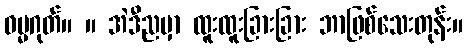
ဓမ္မဂုတ်။ ။ အဲဒီညမှာ ထူးထူးခြားခြား ဘာဖြစ်သေးတုန်း။